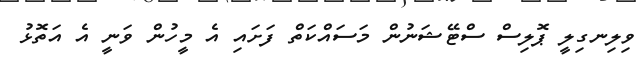
ވިލިނގިލީ ޕޮލިސް ސްޓޭޝަނުން މަސައްކަތް ފަށައި އެ މީހުން ވަނީ އެ އަތޮޅު